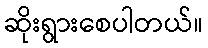
ဆိုးရွားစေပါတယ်။